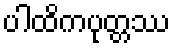
ပါထိကပုတ္တဿ